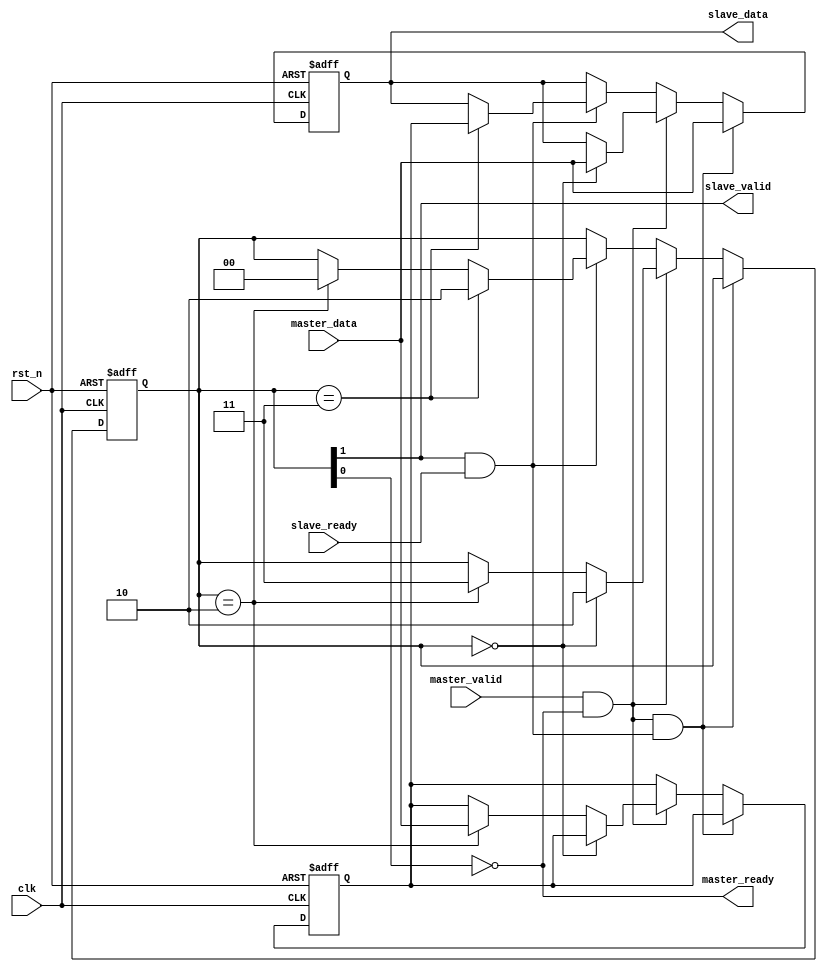
module handshake_pipe_both_patting (
    input wire clk,
    input wire rst_n,

    input  wire master_valid,
    input  wire [31:0] master_data,
    output wire master_ready,

    output wire slave_valid,
    output wire [31:0] slave_data,
    input  wire slave_ready
    );

    reg [31:0] data0_reg, data1_reg;
	reg [1:0] valid_reg;

	wire shake_master = master_valid & master_ready;
	wire shake_slave = slave_valid & slave_ready;

	assign master_ready = ~valid_reg[0];
	assign slave_valid = valid_reg[1];
	assign slave_data = data1_reg;

    always@(posedge clk or negedge rst_n) begin
	    if(!rst_n) begin
		    valid_reg <= 2'b00;
			data0_reg <= 0;
			data1_reg <= 0;
		end
		else if(shake_master & shake_slave) begin
			data1_reg <= master_data;
		end
	    else if(shake_master) begin
			if(valid_reg == 2'b00) begin
			    data1_reg <= master_data;
				valid_reg = 2'b10;
			end
			else if(valid_reg == 2'b10) begin
			    data0_reg <= master_data;
				valid_reg = 2'b11;
			end
		end
		else if(shake_slave) begin
			if(valid_reg == 2'b11) begin
			    data1_reg <= data0_reg;
				valid_reg = 2'b10;
			end
			else if(valid_reg == 2'b10) begin
				valid_reg = 2'b00;
			end
		end
	end
    
endmodule